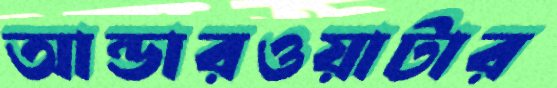
আন্ডারওয়াটার